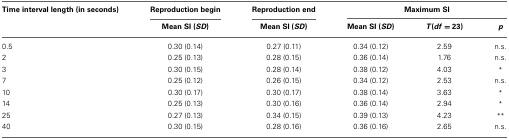
<table><thead><tr><td><b>Time interval length (in seconds)</b></td><td><b>Reproduction begin</b></td><td><b>Reproduction end</b></td><td colspan="3"><b>Maximum SI</b></td></tr><tr><td></td><td><b>Mean SI (<i>SD</i>)</b></td><td><b>Mean SI (<i>SD</i>)</b></td><td><b>Mean SI (<i>SD</i>)</b></td><td><b><i>T</i>(<i>df</i> = 23)</b></td><td><b><i>p</i></b></td></tr></thead><tbody><tr><td>0.5</td><td>0.30 (0.14)</td><td>0.27 (0.11)</td><td>0.34 (0.12)</td><td>2.59</td><td>n.s.</td></tr><tr><td>2</td><td>0.25 (0.13)</td><td>0.28 (0.15)</td><td>0.36 (0.14)</td><td>1.76</td><td>n.s.</td></tr><tr><td>3</td><td>0.30 (0.15)</td><td>0.28 (0.14)</td><td>0.38 (0.12)</td><td>4.03</td><td><sup>*</sup></td></tr><tr><td>7</td><td>0.25 (0.12)</td><td>0.26 (0.15)</td><td>0.34 (0.12)</td><td>2.53</td><td>n.s.</td></tr><tr><td>10</td><td>0.30 (0.17)</td><td>0.30 (0.17)</td><td>0.38 (0.14)</td><td>3.63</td><td><sup>*</sup></td></tr><tr><td>14</td><td>0.25 (0.13)</td><td>0.30 (0.16)</td><td>0.36 (0.14)</td><td>2.94</td><td><sup>*</sup></td></tr><tr><td>25</td><td>0.27 (0.13)</td><td>0.34 (0.15)</td><td>0.39 (0.13)</td><td>4.23</td><td><sup>**</sup></td></tr><tr><td>40</td><td>0.30 (0.15)</td><td>0.28 (0.16)</td><td>0.36 (0.16)</td><td>2.65</td><td>n.s.</td></tr></tbody></table>